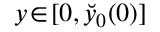
y \! \in \! [ 0 , \breve { y } _ { 0 } ( 0 ) ]